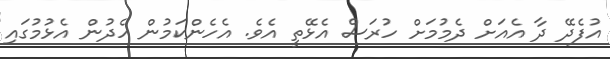
އުފެދޭ ދާ އެއަށް ދެމުމަށް ހުރަސް އެޅޭތީ އެވެ. އެހެންކަމުން ހެދުން އެޅުމުގައި